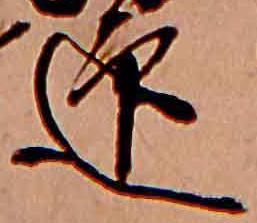
迎